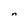
Character: n